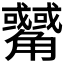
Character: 𲁟